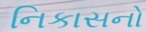
નિકાસનો